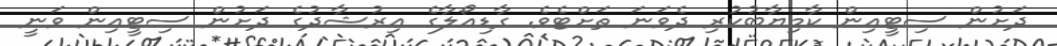
ދަށުން ސިޓީއިން ކާމިޔާބުކުރި ދެވަނަ ތަށްޓެވެ. ގާޑިއޯލާގެ އިރުޝާދުގެ ދަށުން ސިޓީއިން ވަނީ